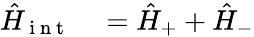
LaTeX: \begin{array}{rl}{\hat{H}_{\mathrm{~i~n~t~}}}&{{}=\hat{H}_{+}+\hat{H}_{-}}\end{array}